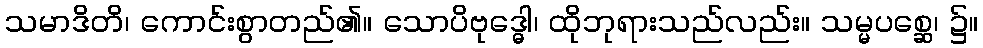
သမာဒိတိ၊ ကောင်းစွာတည်၏။ သောပိဗုဒ္ဓေါ၊ ထိုဘုရားသည်လည်း။ သမ္မပစ္ဆေ၊ ၌။